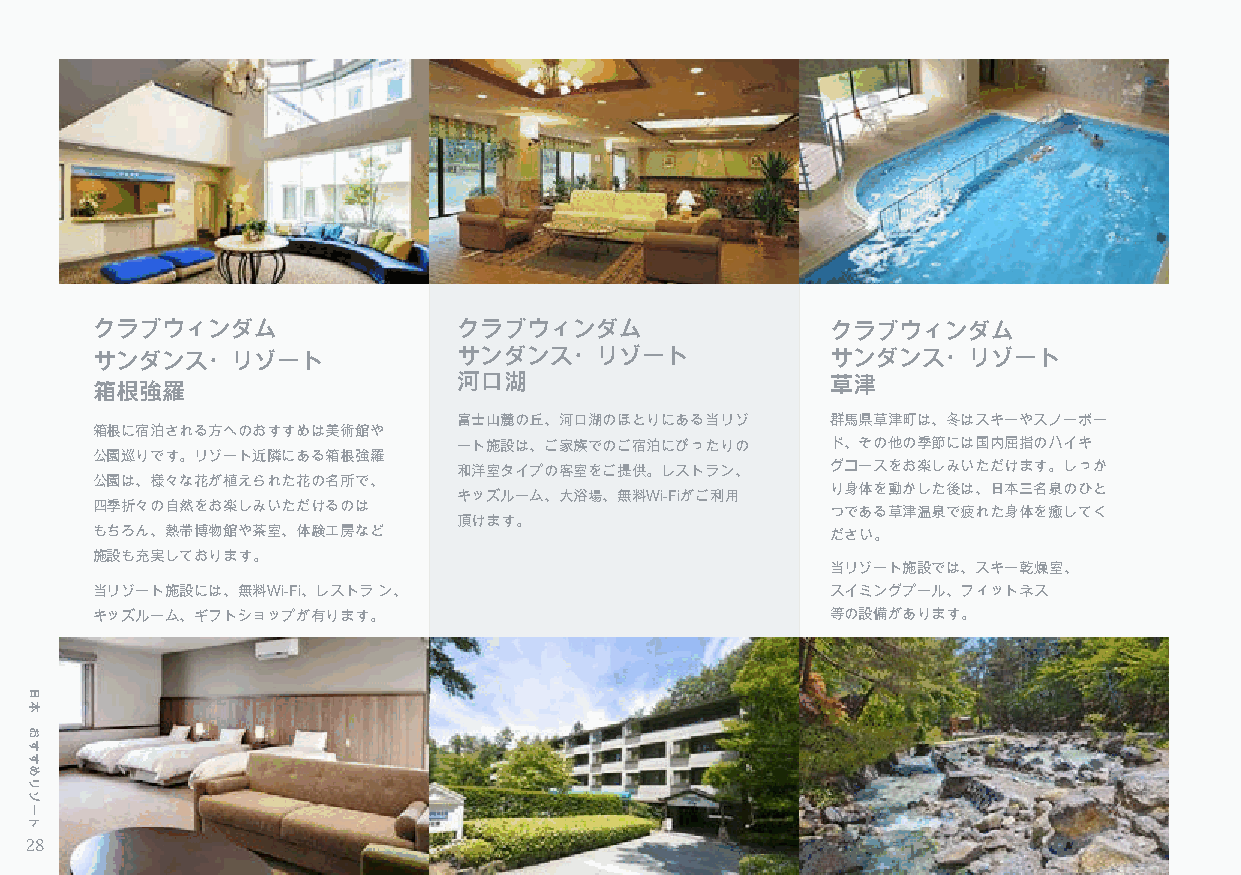
クラブウィンダム                クラブウィンダム                 クラブウィンダム
 サンダンス・リゾート              サンダンス・リゾート               サンダンス・リゾート
 河口湖                      草津
 箱根強羅
 富士山麓の丘、河口湖のほとりにある当リゾ     群馬県草津町は、冬はスキーやスノーボー
 箱根に宿泊される方へのおすすめは美術館や
 ート施設は、ご家族でのご宿泊にぴったりの     ド、その他の季節には国内屈指のハイキ
 公園巡りです。リゾート近隣にある箱根強羅
 和洋室タイプの客室をご提供。レストラン、     グコースをお楽しみいただけます。しっか
 公園は、様々な花が植えられた花の名所で、
 り身体を動かした後は、日本三名泉のひと
 キッズルーム、大浴場、無料Wi-Fiがご利用
 四季折々の自然をお楽しみいただけるのは
 つである草津温泉で疲れた身体を癒してく
 頂けます。
 もちろん、熱帯博物館や茶室、体験工房など                             ださい。
 施設も充実しております。
 当リゾート施設では、スキー乾燥室、
 当リゾート施設には、無料Wi-Fi、レストラ ン、                        スイミングプール、フィットネス
 キッズルーム、ギフトショップが有ります。                             等の設備があります。
 28
 日本
 おすすめリゾート